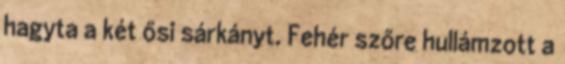
hagyta a két ősi sárkányt. Fehér szőre hullámzott a